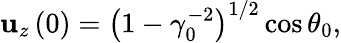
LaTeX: \mathbf{u}_{z}\left(0\right)=\left(1-\gamma_{0}^{-2}\right)^{1/2}\cos\theta_{0},